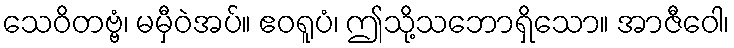
သေဝိတဗ္ဗံ၊ မမှီဝဲအပ်။ ဧဝရူပံ၊ ဤသို့သဘောရှိသော။ အာဇီဝေါ၊